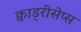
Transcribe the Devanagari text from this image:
क्वाड्रीसेप्स